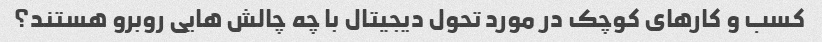
کسب و کارهای کوچک در مورد تحول دیجیتال با چه چالش هایی روبرو هستند؟